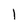
Character: 1